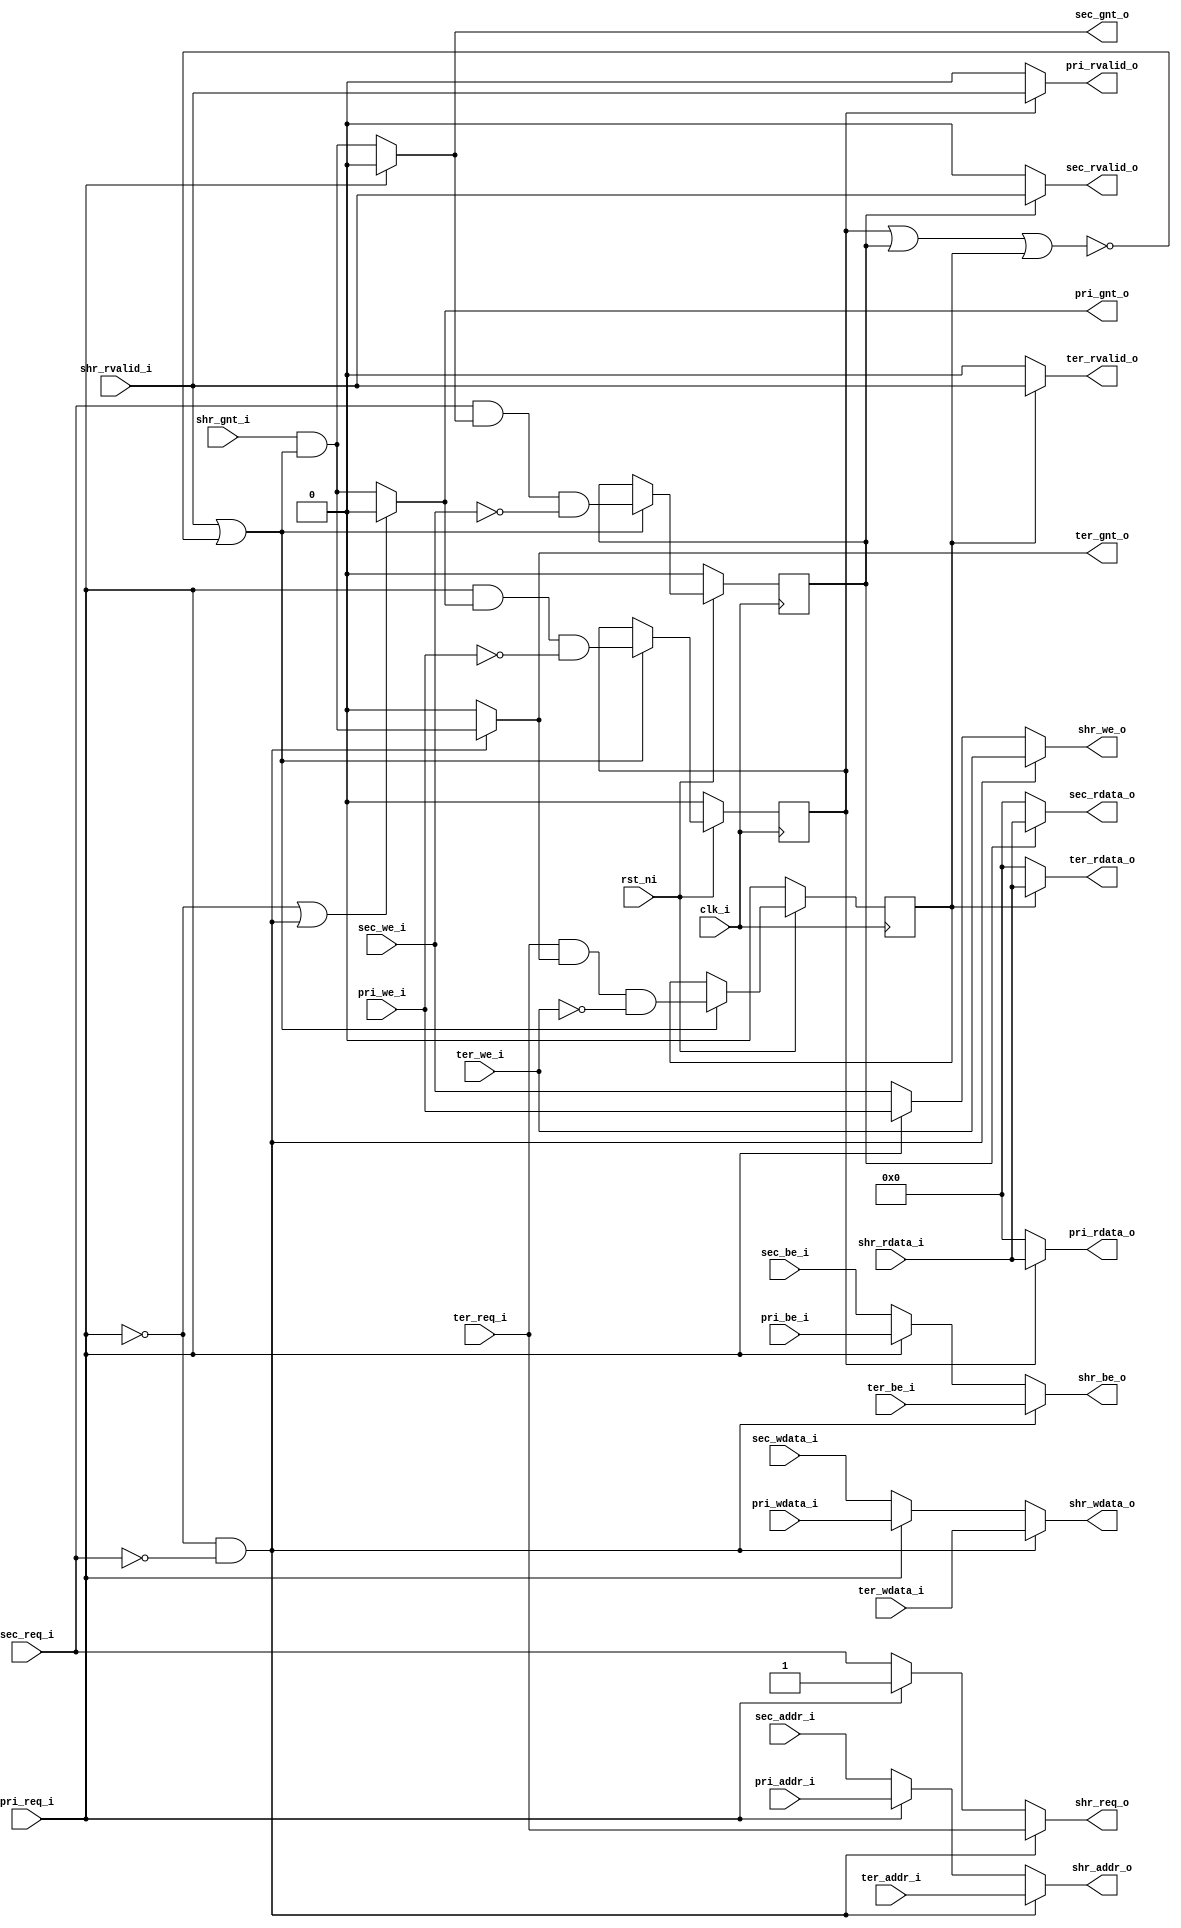
module obi_mux_fp_3_to_1 (
        input               clk_i,
        input               rst_ni,

        // Primary OBI interface
        input               pri_req_i,
        output wire         pri_gnt_o,
        input        [31:0] pri_addr_i,
        input               pri_we_i,
        input        [3:0]  pri_be_i,
        input        [31:0] pri_wdata_i,
        output wire         pri_rvalid_o,
        output wire  [31:0] pri_rdata_o,

        // Secondary OBI interface
        input               sec_req_i,
        output wire         sec_gnt_o,
        input        [31:0] sec_addr_i,
        input               sec_we_i,
        input        [3:0]  sec_be_i,
        input        [31:0] sec_wdata_i,
        output wire         sec_rvalid_o,
        output wire  [31:0] sec_rdata_o,

        // Tertiary OBI interface
        input               ter_req_i,
        output wire         ter_gnt_o,
        input        [31:0] ter_addr_i,
        input               ter_we_i,
        input        [3:0]  ter_be_i,
        input        [31:0] ter_wdata_i,
        output wire         ter_rvalid_o,
        output wire  [31:0] ter_rdata_o,

        // Shared OBI interface (slave)
        output wire         shr_req_o,
        input               shr_gnt_i,
        output wire  [31:0] shr_addr_o,
        output wire         shr_we_o,
        output wire  [3:0]  shr_be_o,
        output wire  [31:0] shr_wdata_o,
        input               shr_rvalid_i,
        input        [31:0] shr_rdata_i
);

  ///////////////////////////
  // Address Phase Routing //
  ///////////////////////////

  wire pri_accepted, sec_accepted, ter_accepted;
  wire sec_posession, ter_posession, gnt_masked, available;

  assign sec_posession = ~pri_req_i;
  assign ter_posession = ~pri_req_i && ~sec_req_i;
  assign available     = shr_rvalid_i || !(pri_read_outstanding || sec_read_outstanding || ter_read_outstanding) ;
  assign gnt_masked    = shr_gnt_i && available;
  assign pri_accepted  = pri_req_i && pri_gnt_o && !pri_we_i;
  assign sec_accepted  = sec_req_i && sec_gnt_o && !sec_we_i;
  assign ter_accepted  = ter_req_i && ter_gnt_o && !ter_we_i;

  // gnt demux
  assign sec_gnt_o = (sec_posession ? gnt_masked : 0);
  assign ter_gnt_o = (ter_posession ? gnt_masked : 0);
  assign pri_gnt_o = (sec_posession || ter_posession ? 0 : gnt_masked);
  
  // address signal mux
  assign shr_req_o   = ter_posession ? ter_req_i   : (sec_posession ? sec_req_i   : pri_req_i) ;
  assign shr_addr_o  = ter_posession ? ter_addr_i  : (sec_posession ? sec_addr_i  : pri_addr_i) ;
  assign shr_we_o    = ter_posession ? ter_we_i    : (sec_posession ? sec_we_i    : pri_we_i) ;
  assign shr_be_o    = ter_posession ? ter_be_i    : (sec_posession ? sec_be_i    : pri_be_i) ;
  assign shr_wdata_o = ter_posession ? ter_wdata_i : (sec_posession ? sec_wdata_i : pri_wdata_i) ;

  ////////////////////////////
  // Response Phase Routing //
  ////////////////////////////

  reg pri_read_outstanding, sec_read_outstanding, ter_read_outstanding;

  // response signal demux
  assign sec_rvalid_o = sec_read_outstanding ? shr_rvalid_i : 0;
  assign sec_rdata_o  = sec_read_outstanding ? shr_rdata_i  : 0;
  assign pri_rvalid_o = pri_read_outstanding ? shr_rvalid_i : 0;
  assign pri_rdata_o  = pri_read_outstanding ? shr_rdata_i  : 0;
  assign ter_rvalid_o = ter_read_outstanding ? shr_rvalid_i : 0;
  assign ter_rdata_o  = ter_read_outstanding ? shr_rdata_i  : 0;

  // Response tracker
  always @(posedge clk_i) begin
    if (!rst_ni) begin
        pri_read_outstanding <= 0;
        sec_read_outstanding <= 0;
        ter_read_outstanding <= 0;
    end else if (available) begin
        pri_read_outstanding <= pri_accepted;
        sec_read_outstanding <= sec_accepted;
        ter_read_outstanding <= ter_accepted;
    end
  end

endmodule